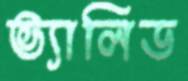
ভ্যালিড